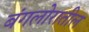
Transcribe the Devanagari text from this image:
बंगलोरातील